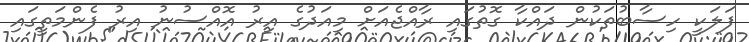
ފަލަކީ ހިސާބުތަކުން ދައްކާ ގޮތުގައި ރާއްޖެއަށް މިއަދުގެ އިރު އޮއްސުނު އިރު ފެންމަތީގައި